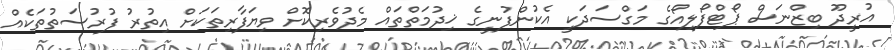
އުރީދޫ ބިޒްނަސް ޕޯޓްފޯލިއޯގެ މަގްސަދަކީ އެކުންފުނީގެ ޚިދުމަތްތައް މެދުވެރިކޮށް ވިޔަފާރިތަކަށް އިތުރު ފުރުސަތުތަކެއް